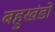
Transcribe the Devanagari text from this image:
बहुखंडों